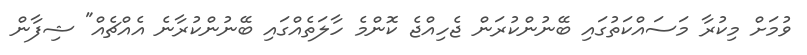
ވުމަށް މިކުރާ މަސައްކަތުގައި ބޭނުންކުރަން ޖެހިއްޖެ ކޮންމެ ހާލަތެއްގައި ބޭނުންކުރާނެ އެއްޗެއް" ޝިފާން